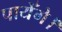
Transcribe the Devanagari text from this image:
पायेँगे।